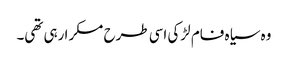
وہ سیاہ فام لڑکی اسی طرح مسکرا رہی تھی۔